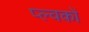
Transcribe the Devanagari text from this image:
प्ल्वकों